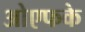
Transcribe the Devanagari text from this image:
ओएफके